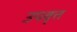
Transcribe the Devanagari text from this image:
उपवृत्त